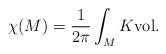
LaTeX: \begin{align*}\chi (M) = \frac{1}{2\pi} \int_M K {\rm vol}.\end{align*}